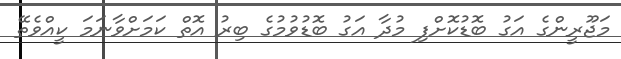
މަޖޫރީންގެ އަގު ބޮޑުކޮށްފި މުދާ އަގު ބޮޑުވުމުގެ ބިރު އޮތް ކަމަށްވާނަމަ ކީއްވެތޭ